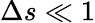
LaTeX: \Delta s\ll 1